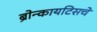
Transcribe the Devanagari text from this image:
ब्रोन्कायटिसचे